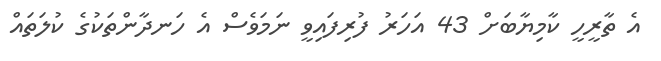
އެ ތާރީހީ ކާމިޔާބަށް 43 އަހަރު ފުރިފައިވީ ނަމަވެސް އެ ހަނދާންތަކުގެ ކުލަތައް